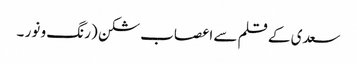
سعدی کے قلم سے	اعصاب شکن (رنگ و نور ۔